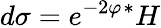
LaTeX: d\sigma=e^{-2\varphi}{^*}H